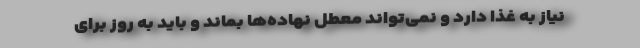
نیاز به غذا دارد و نمی‌تواند معطل نهاده‌ها بماند و باید به روز برای